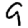
Digit: 9